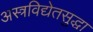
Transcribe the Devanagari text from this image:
अस्त्रविद्येतसुद्धा